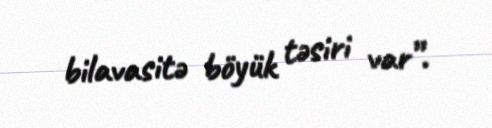
bilavasitə böyük təsiri var”.